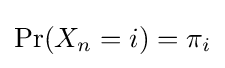
\Pr(X_{n}=i)=\pi _{i}